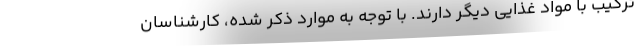
ترکیب با مواد غذایی دیگر دارند. با توجه به موارد ذکر شده، کارشناسان